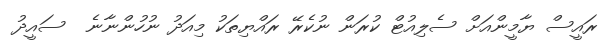
ރައީސް ޔާމީންއަށް ސެލިއުޓް ކުރަން ނުކެރޭ ރައްޔިތަކު މިއަދު ނުހުންނާނެ  ސައީދު